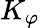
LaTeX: K_{\varphi}